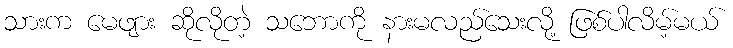
သားက မေဖျား ဆိုလိုတဲ့ သဘောကို နားမလည်သေးလို့ ဖြစ်ပါလိမ့်မယ်